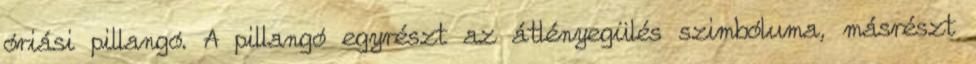
óriási pillangó. A pillangó egyrészt az átlényegülés szimbóluma, másrészt